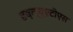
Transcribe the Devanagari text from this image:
डब्ल्यूएटीएस